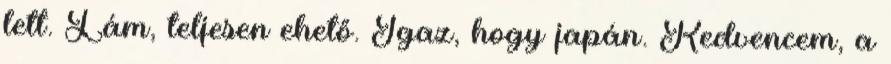
lett. Lám, teljesen ehető. Igaz, hogy japán. Kedvencem, a